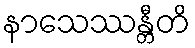
နာသေဿန္တီတိ